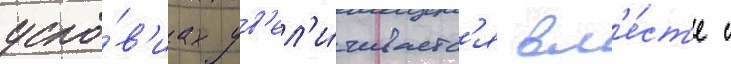
усло́в'иах ув'ел'и́чиваетс'я вм'е́ст'е с